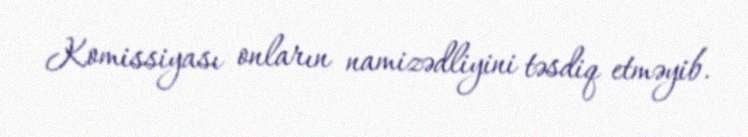
Komissiyası onların namizədliyini təsdiq etməyib.